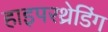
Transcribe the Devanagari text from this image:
हाइपरथ्रेडिंग